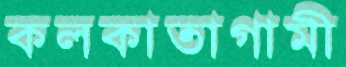
কলকাতাগামী